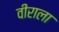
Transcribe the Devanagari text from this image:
वीराला